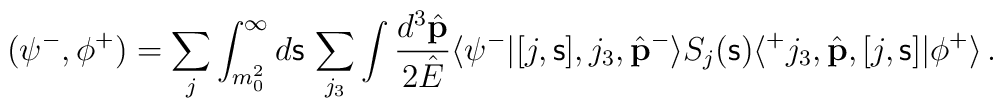
(\psi ^-,\phi ^+)=\sum_j\int_{m_0^2}^{\infty}      d{\mathsf s} \, \sum_{j_3}\int \frac{d^3\hat{\bf p}}{2\hat{E}}       \langle \psi ^-|[j,{\mathsf s}],j_3, \hat{\bf p}^-\rangle      S_j({\mathsf s})       \langle ^+j_3,\hat{\bf p},[j,{\mathsf s}]|\phi ^+\rangle \, .